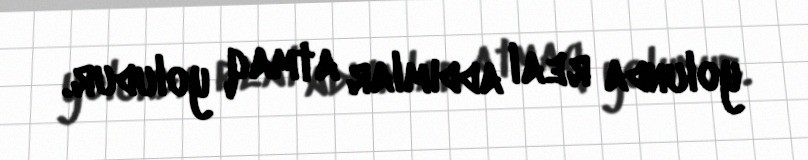
yolunda real addımlar atmaq yoludur.